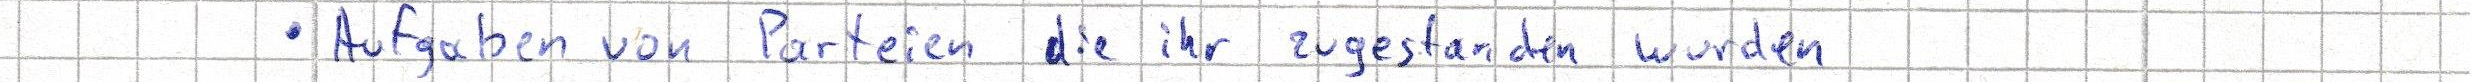
- Aufgaben von Parteien die ihr zugestanden wurden